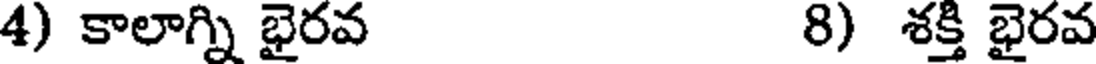
4) కాలాగ్ని భైరవ 8) శక్తి భైరవ